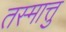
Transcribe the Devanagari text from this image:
तस्मात्तु